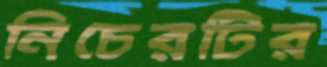
নিচেরটির